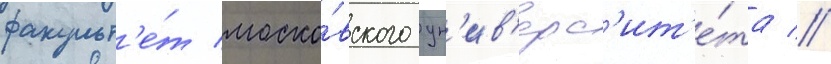
факульт'е́т моско́вского ун'ив'ерс'ит'е́та //